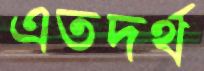
এতদর্থ